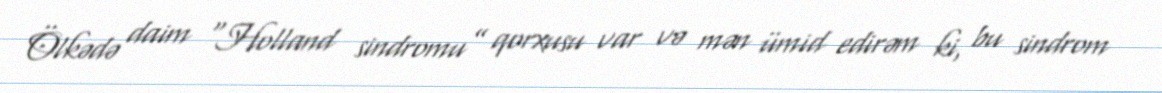
Ölkədə daim “Holland sindromu” qorxusu var və mən ümid edirəm ki, bu sindrom